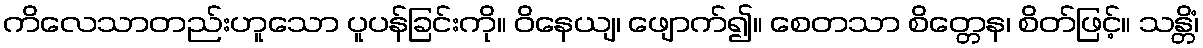
ကိလေသာတည်းဟူသော ပူပန်ခြင်းကို။ ဝိနေယျ၊ ဖျောက်၍။ စေတသာ စိတ္တေန၊ စိတ်ဖြင့်။ သန္တိံ၊